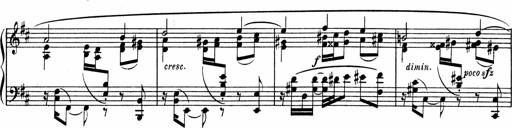
Title: Sonatine pour piano
Composer: Albert Roussel